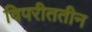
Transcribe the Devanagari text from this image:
विपरीततीन